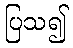
ပြသ၍